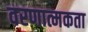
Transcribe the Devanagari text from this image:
वरणात्मकता